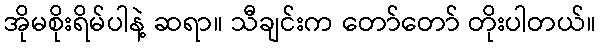
အိုမစိုးရိမ်ပါနဲ့ ဆရာ။ သီချင်းက တော်တော် တိုးပါတယ်။